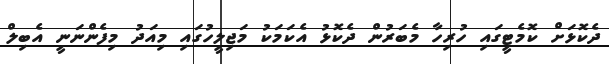
ދެކޮޅަށް ކޮމެޓީގައި ހުރިހާ މެބަރުން ދެކޮޅު އެކަމަކު މަޖިލީހުގައި މިއަދު މިފެންނަނީ އެބިލް